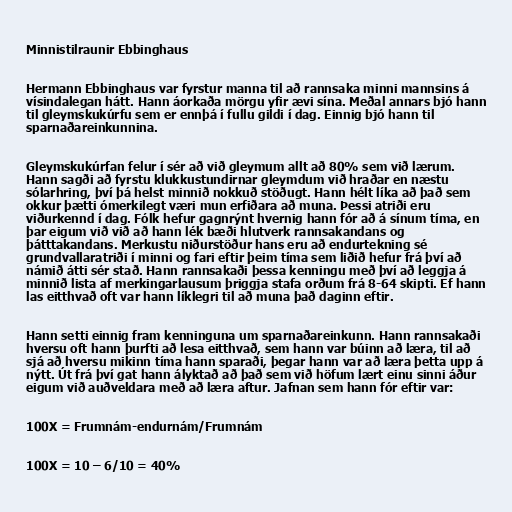
Minnistilraunir Ebbinghaus

Hermann Ebbinghaus var fyrstur manna til að rannsaka minni mannsins á
vísindalegan hátt. Hann áorkaða mörgu yfir ævi sína. Meðal annars bjó hann
til gleymskukúrfu sem er ennþá í fullu gildi í dag. Einnig bjó hann til
sparnaðareinkunnina.

Gleymskukúrfan felur í sér að við gleymum allt að 80% sem við lærum.
Hann sagði að fyrstu klukkustundirnar gleymdum við hraðar en næstu
sólarhring, því þá helst minnið nokkuð stöðugt. Hann hélt líka að það sem
okkur þætti ómerkilegt væri mun erfiðara að muna. Þessi atriði eru
viðurkennd í dag. Fólk hefur gagnrýnt hvernig hann fór að á sínum tíma, en
þar eigum við við að hann lék bæði hlutverk rannsakandans og
þátttakandans. Merkustu niðurstöður hans eru að endurtekning sé
grundvallaratriði í minni og fari eftir þeim tíma sem liðið hefur frá því að
námið átti sér stað. Hann rannsakaði þessa kenningu með því að leggja á
minnið lista af merkingarlausum þriggja stafa orðum frá 8-64 skipti. Ef hann
las eitthvað oft var hann líklegri til að muna það daginn eftir.

Hann setti einnig fram kenninguna um sparnaðareinkunn. Hann rannsakaði
hversu oft hann þurfti að lesa eitthvað, sem hann var búinn að læra, til að
sjá að hversu mikinn tíma hann sparaði, þegar hann var að læra þetta upp á
nýtt. Út frá því gat hann ályktað að það sem við höfum lært einu sinni áður
eigum við auðveldara með að læra aftur. Jafnan sem hann fór eftir var:

100X = Frumnám-endurnám/Frumnám

100X = 10 – 6/10 = 40%